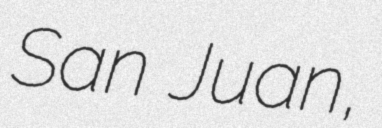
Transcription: San Juan,